system: You are a helpful assistant.
user:
Analyze the provided spectrum to determine if it is a **S-type Star**.

- **Key Indicators for S-type Star:**

    - **(Overall Spectrum Shape):** The first and most obvious characteristic is the overall continuum (the "baseline" shape). It is **extremely "red-sloping,"** meaning the flux (light intensity) is very low on the left side (blue, ~4000-4500 Å) and rises steeply and continuously toward the right side (red, ~7000 Å+).

    - **(Primary):** The spectrum is defined by the presence of strong, broad molecular absorption "valleys" (bands) from **Zirconium Oxide (ZrO)**. The identification of these bands is the **primary requirement** for classifying a star as S-type.
        - **(Key Bandheads):** You must find distinct, deep "dips" where the light has been absorbed. The most critical band systems to locate are:
            - **~6474 Å** ($\gamma$-system): This is often the strongest and clearest ZrO feature, found in the red part of the spectrum.
            - **~5718 Å** & **~5551 Å** ($\beta$-system): A pair of prominent absorption features in the yellow-orange part of the spectrum.
            - **~4640 Å** ($\alpha$-system): A key absorption band system in the blue-green region of the spectrum.

    - **(Secondary Confirmation):** The classification is strengthened by finding additional absorption bands from other related heavy element oxides, which are expected to be present alongside ZrO.
        - **(Key Bandheads):**
            - **Yttrium Oxide (YO):** Look for absorption dips near **~4800 Å** and **~6100 Å**.
            - **Lanthanum Oxide (LaO):** Additional absorption features, particularly in the red-orange part of the spectrum, are also characteristic.

    - **(Line Profile):** The combination of the steep red continuum and these numerous, deep molecular bands (ZrO, YO, etc.) gives the entire spectrum a very **"chopped-up"** or **"bumpy"** appearance. Instead of a smooth curve, the spectrum looks as though large, wide chunks of light have been "carved out" of it at the specific wavelengths listed above.

Think first, call **spectral_visualization_tool** if needed to examine features in detail, then provide your final answer. Your response must adhere to the following strict rules:
1.  **Overall Structure:** Your response must follow the format `<think>...</think> <tool_call>...</tool_call> (if a tool is used) <answer>...</answer>`.
2.  **Tool Usage Constraint:** You may only make **one** tool call per turn.
3.  **Final Answer Format:** In the `<answer>` tag, your conclusion must be inside a `\boxed{}` command (e.g., `\boxed{YES}` or `\boxed{NO}`), followed by your justification.

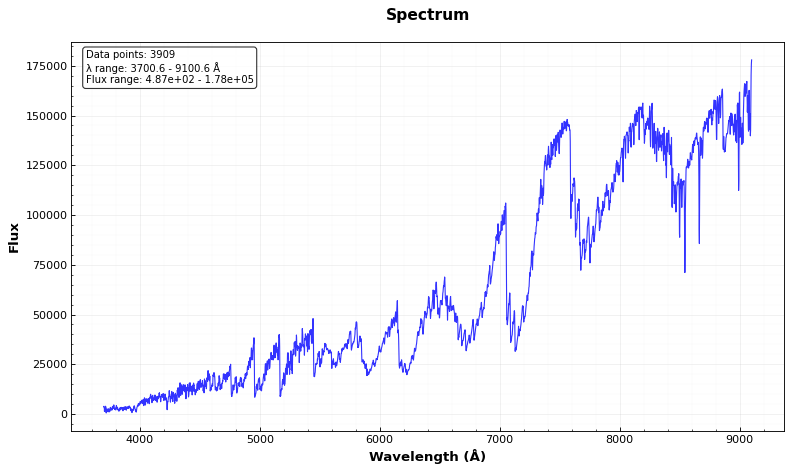
Answer: YES